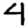
Digit: 4